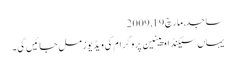
ساجد, ‏مارچ 19, 2009
یہاں سیکنڈ اوپینین پروگرام کی ویڈیوز مل جائیں گی۔